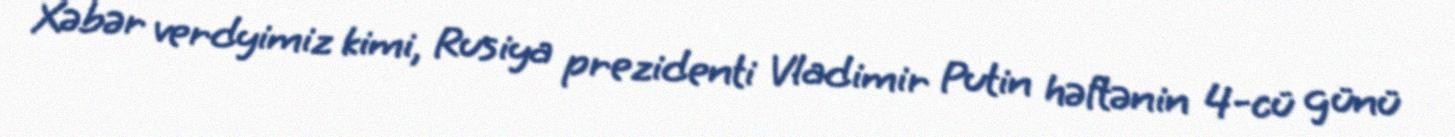
Xəbər verdyimiz kimi, Rusiya prezidenti Vladimir Putin həftənin 4-cü günü